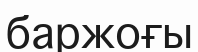
баржоғы